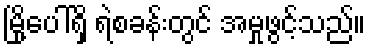
မြို့ပေါ်ရှိ ရဲစခန်းတွင် အမှုဖွင့်သည်။